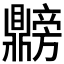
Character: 𫜡